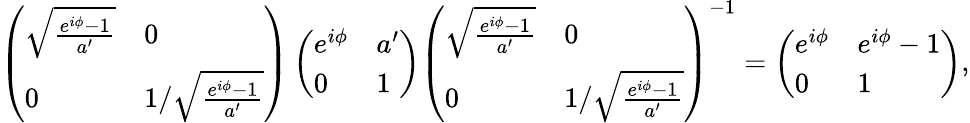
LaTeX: \left(\begin{array}{ll}{\sqrt{\frac{e^{i\phi}-1}{a^{\prime}}}}&{0}\\ {0}&{1/\sqrt{\frac{e^{i\phi}-1}{a^{\prime}}}}\end{array}\right)\left(\begin{array}{ll}{e^{i\phi}}&{a^{\prime}}\\ {0}&{1}\end{array}\right)\left(\begin{array}{ll}{\sqrt{\frac{e^{i\phi}-1}{a^{\prime}}}}&{0}\\ {0}&{1/\sqrt{\frac{e^{i\phi}-1}{a^{\prime}}}}\end{array}\right)^{-1}=\left(\begin{array}{ll}{e^{i\phi}}&{e^{i\phi}-1}\\ {0}&{1}\end{array}\right),